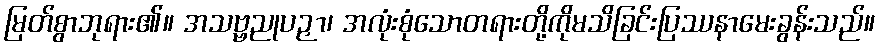
မြတ်စွာဘုရား၏။ အသဗ္ဗညုပဉှာ၊ အလုံးစုံသောတရားတို့ကိုမသိခြင်းပြဿနာမေးခွန်းသည်။